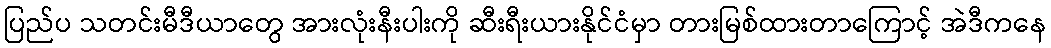
ပြည်ပ သတင်းမီဒီယာတွေ အားလုံးနီးပါးကို ဆီးရီးယားနိုင်ငံမှာ တားမြစ်ထားတာကြောင့် အဲဒီကနေ